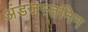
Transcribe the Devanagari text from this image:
अंडजस्तनिन